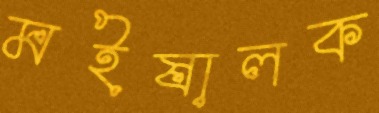
মইষালক